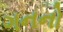
ગનનો